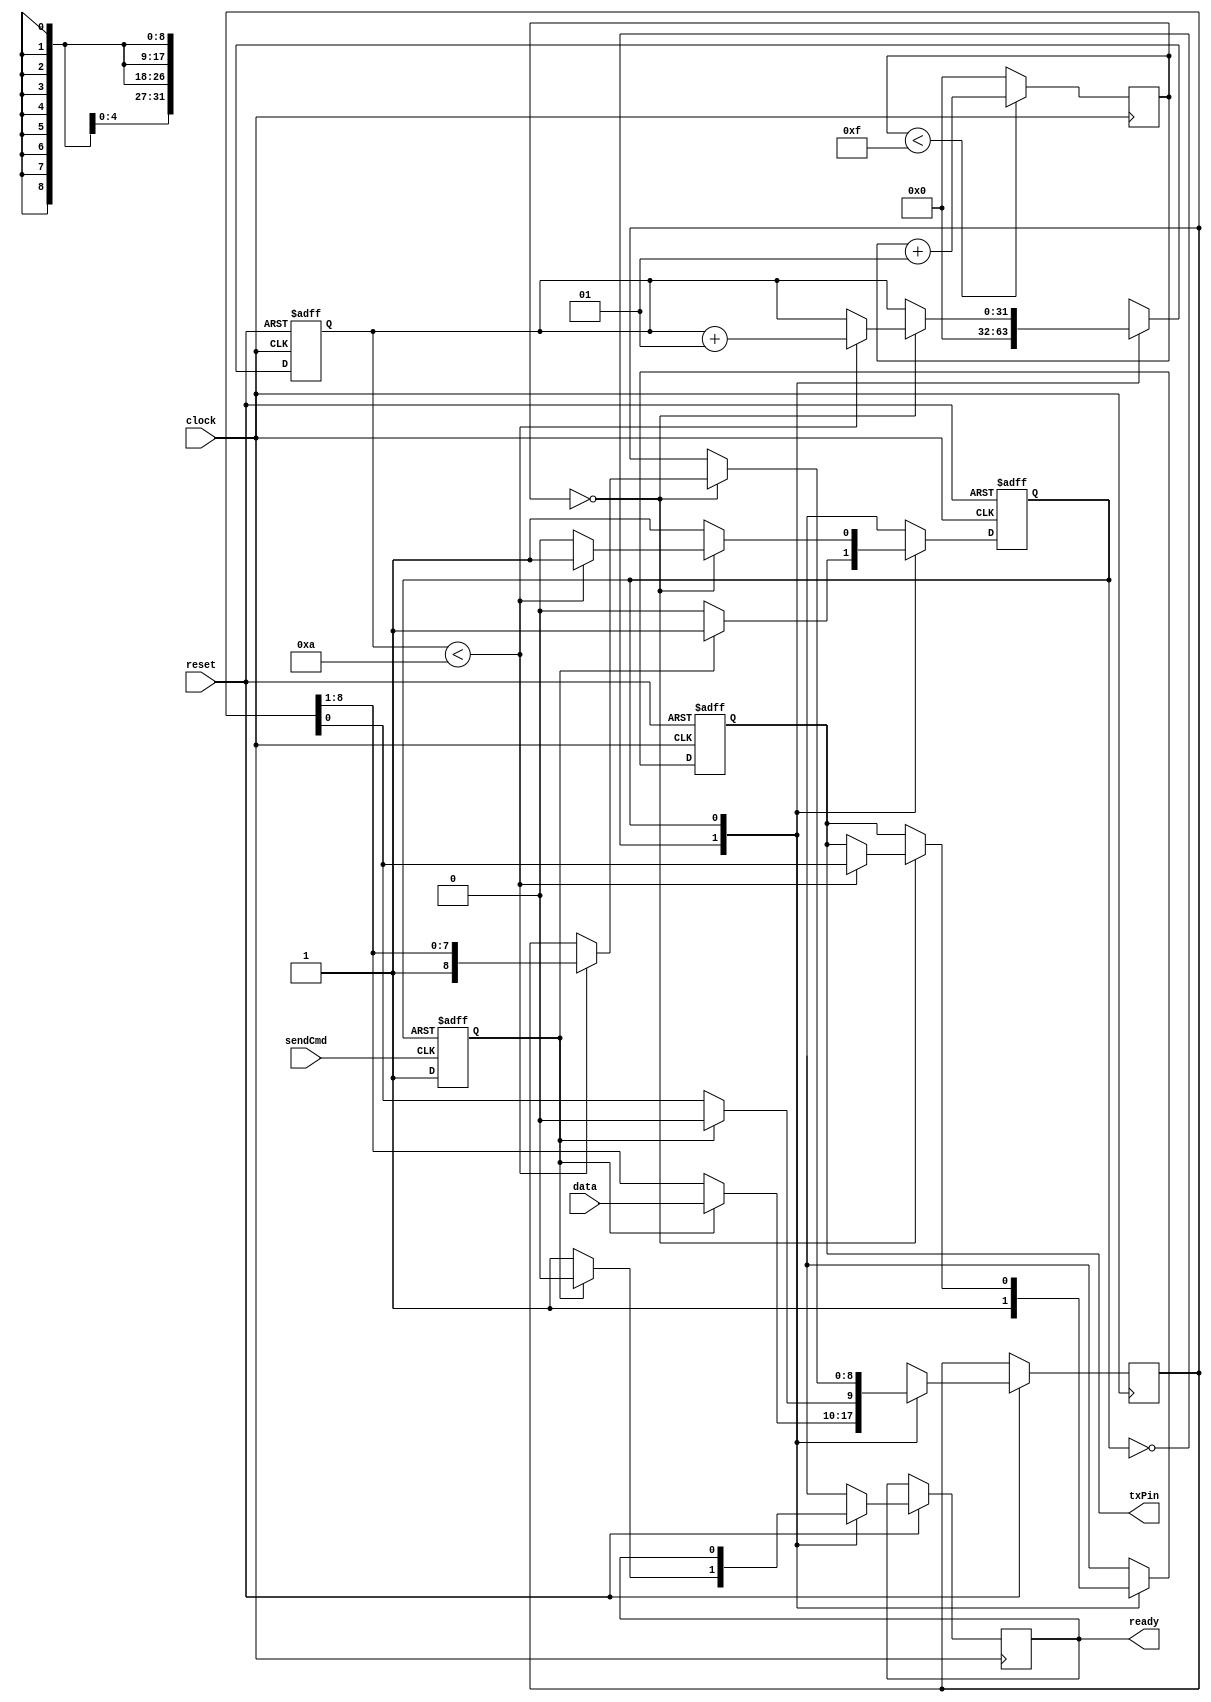
module uart_tx(reset, clock, sendCmd, data, txPin, ready);
 
 input reset, clock, sendCmd;
 input [7:0] data;
 output txPin, ready;
 
 reg txPin, ready;
 parameter waiting=1'b0, sending=1'b1;
 reg state;
 integer cntClock;
 integer cntBit;
 reg [8:0] txBuffer;
 reg beginSending;
 
 always @(posedge clock)
 begin : Gen_BaudRateClock
  if (cntClock < 15)
   cntClock = cntClock + 1;
  else
	cntClock=0;
 end
 
 always @(posedge sendCmd or posedge state)
 begin : Gen_writeSignal
  if (state == sending)
   beginSending = 0;
  else if (sendCmd == 1)
   beginSending = 1;
 end

 always @(negedge reset or posedge clock)
 begin : State_Transition
  if (reset == 0) begin
   state = waiting;
   txPin = 1;
   cntBit = 0;
  end else begin
   case (state)
    waiting : begin
	  txPin = 1;
	  cntBit = 0;
	  if (beginSending == 1) begin
	   state = sending;
	   ready = 0;
	   txBuffer[0] = 0;
	   txBuffer[8:1] = data;
	  end else
	   ready = 1;
    end
    sending : begin
	  if (cntClock == 0)
	  begin 
	   if (cntBit < 10) begin
	    cntBit = cntBit + 1;
		 txPin = txBuffer[0];
		 txBuffer = {1'b1, txBuffer[8:1]};
		end else 
	    state = waiting;
		end
	end
   default : state = waiting;
 endcase
end
end

endmodule